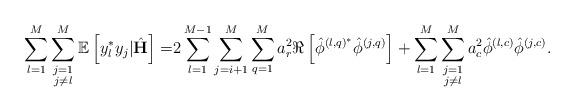
\begin{align*} \sum_{l=1}^M\sum\limits_{\substack{j=1\\j\neq l}}^M\mathbb{E}\left[y_l^* y_j|\hat{\mathbf{H}}\right]=&2\sum_{l=1}^{M-1}\sum_{j=i+1}^{M}\sum_{q=1}^M a_r^2\Re\left[\hat{\phi}^{\left(l,q\right)^*}\hat{\phi}^{\left(j,q\right)}\right]+\sum_{l=1}^M\sum\limits_{\substack{j=1\\j\neq l}}^M a_c^2\hat{\phi}^{\left(l,c\right)}\hat{\phi}^{\left(j,c\right)}.\end{align*}